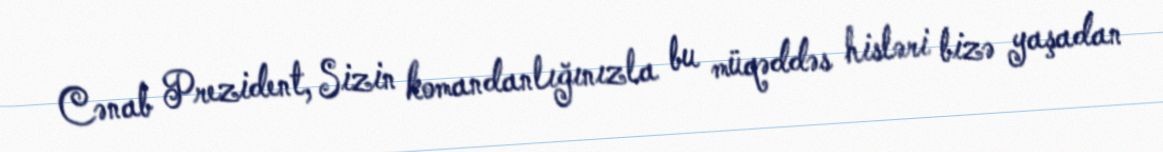
Cənab Prezident, Sizin komandanlığınızla bu müqəddəs hisləri bizə yaşadan